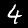
Digit: 4